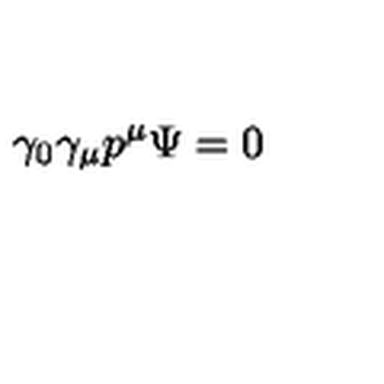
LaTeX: \gamma _ { 0 } \gamma _ { \mu } p ^ { \mu } \Psi = 0